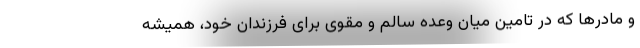
و مادرها که در تامین میان وعده سالم و مقوی برای فرزندان خود، همیشه